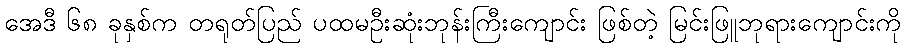
အေဒီ ၆၈ ခုနှစ်က တရုတ်ပြည် ပထမဦးဆုံးဘုန်းကြီးကျောင်း ဖြစ်တဲ့ မြင်းဖြူဘုရားကျောင်းကို